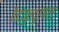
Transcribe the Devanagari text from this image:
वैद्युतदुर्बल